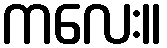
ကလေး။